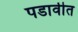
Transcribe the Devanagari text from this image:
पडावीत